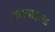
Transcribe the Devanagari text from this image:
वारचाइल्ड